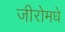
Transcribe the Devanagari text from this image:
जीरोमधे